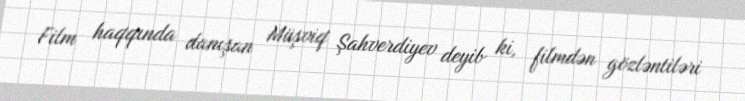
Film haqqında danışan Müşviq Şahverdiyev deyib ki, filmdən gözləntiləri